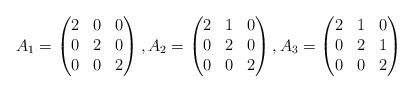
\begin{align*}A_1=\begin{pmatrix}2&0&0\\0&2&0\\0&0&2\end{pmatrix}, A_2=\begin{pmatrix}2&1&0\\0&2&0\\0&0&2\end{pmatrix},A_3=\begin{pmatrix}2&1&0\\0&2&1\\0&0&2\end{pmatrix}\end{align*}